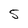
Character: 5